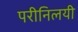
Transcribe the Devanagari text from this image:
परीनिलयी